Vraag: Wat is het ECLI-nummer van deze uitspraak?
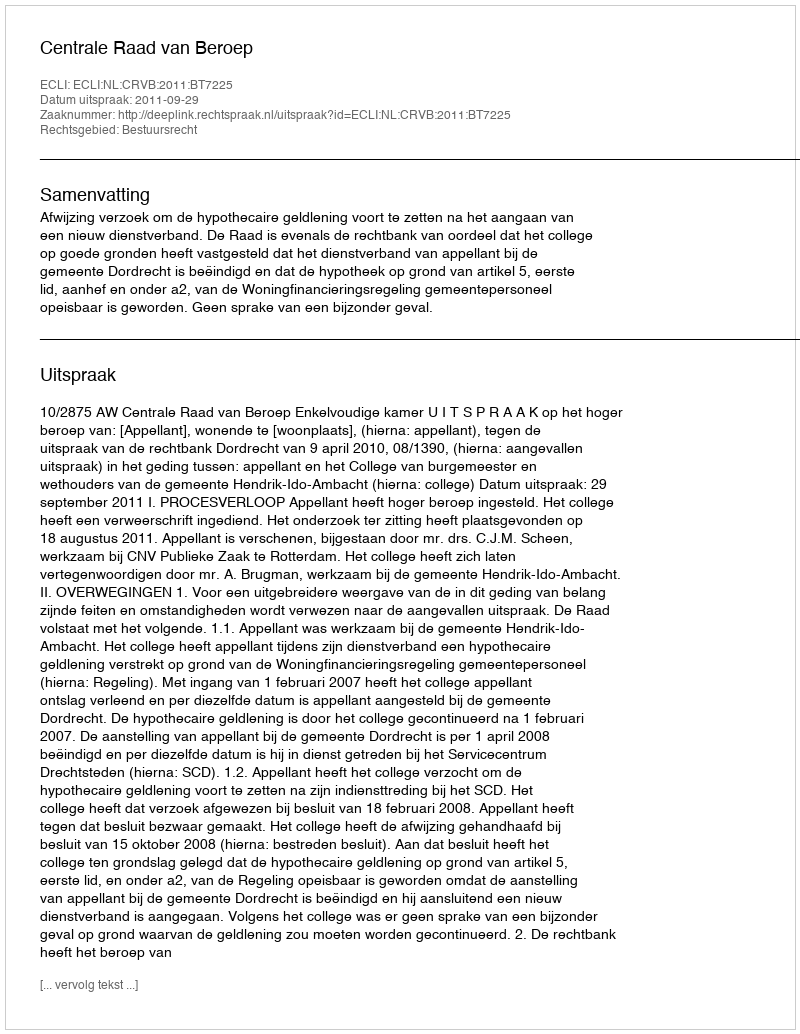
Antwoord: ECLI:NL:CRVB:2011:BT7225